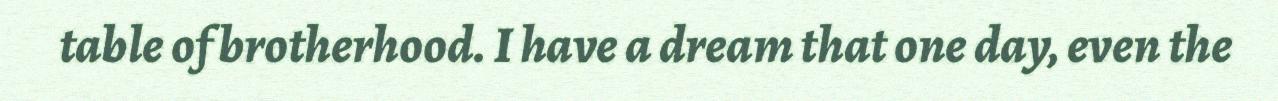
table of brotherhood. I have a dream that one day, even the